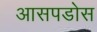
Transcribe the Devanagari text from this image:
आसपडोस